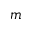
m